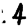
Digit: 4